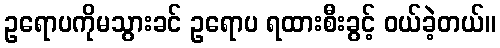
ဥရောပကိုမသွားခင် ဥရောပ ရထားစီးခွင့် ဝယ်ခဲ့တယ်။